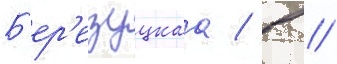
Б'ер'езуцкаа / в //